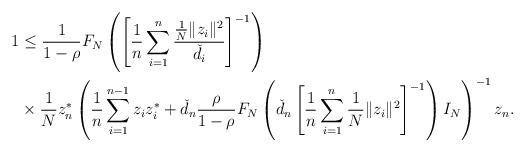
LaTeX: \begin{align*}1 &\leq \frac1{1-\rho} F_N\left( \left[ \frac1n\sum_{i=1}^{n}\frac{\frac1N\Vert z_i\Vert^2}{\check{d}_i} \right]^{-1} \right) \\&\times \frac1Nz_n^* \left( \frac1n\sum_{i=1}^{n-1} z_iz_i^* + \check{d}_n \frac{\rho}{1-\rho} F_N\left( \check{d}_n \left[ \frac1n\sum_{i=1}^{n}\frac1N\Vert z_i\Vert^2 \right]^{-1} \right) I_N \right)^{-1}z_n.\end{align*}